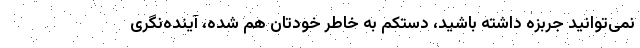
نمی‌توانید جربزه داشته باشید، دستکم به خاطر خودتان هم شده، آینده‌نگری